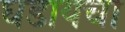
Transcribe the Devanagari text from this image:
घडायचा